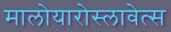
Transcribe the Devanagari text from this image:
मालोयारोस्लावेत्स